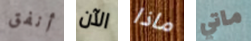
أنفق الآن ماذا ماتي